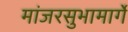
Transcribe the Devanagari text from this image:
मांजरसुभामार्गे